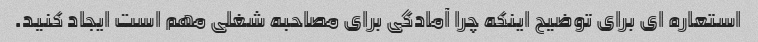
استعاره ای برای توضیح اینکه چرا آمادگی برای مصاحبه شغلی مهم است ایجاد کنید.